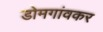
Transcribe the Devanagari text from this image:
डोमगांवकर